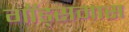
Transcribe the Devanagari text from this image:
गॉड्समास